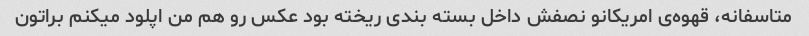
متاسفانه، قهوه‌ی امریکانو نصفش داخل بسته بندی ریخته بود عکس رو هم من اپلود میکنم براتون